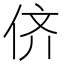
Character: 侪